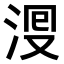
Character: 𣴬